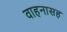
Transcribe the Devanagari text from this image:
वाहनासह